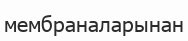
мембраналарынан